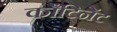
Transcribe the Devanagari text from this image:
काँटिनेंट